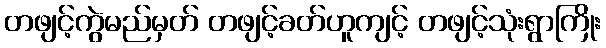
တဖျင့်ကွဲမည်မှတ် တဖျင့်ခတ်ဟူကျင့် တဖျင့်သုံးရွာကြိုး